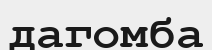
дагомба